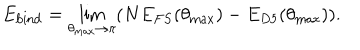
LaTeX: E _ { \mathrm { b i n d } } = \lim _ { \theta _ { \mathrm { m a x } } \rightarrow \pi } ( N E _ { F S } ( \theta _ { \mathrm { m a x } } ) - E _ { D 5 } ( \theta _ { \mathrm { m a x } } ) ) .